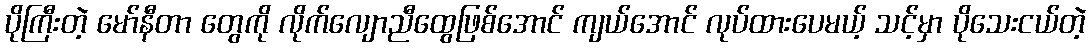
ပိုကြီးတဲ့ မော်နီတာ တွေကို လိုက်လျောညီထွေဖြစ်အောင် ကျယ်အောင် လုပ်ထားပေမယ့် သင့်မှာ ပိုသေးငယ်တဲ့